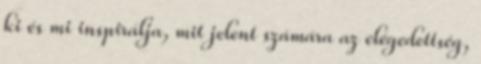
ki és mi inspirálja, mit jelent számára az elégedettség,